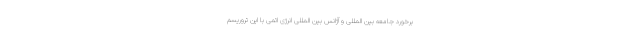
برخورد جامعه بین المللی و آژانس بین المللی انرژی اتمی با این تروریسم